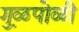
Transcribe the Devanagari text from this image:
गु़ळपोळी